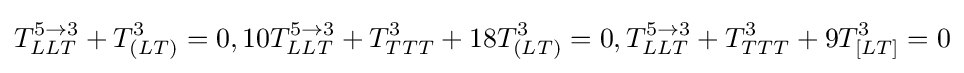
T_{LLT}^{5\rightarrow 3}+T_{(LT)}^{3}=0,10T_{LLT}^{5\rightarrow 3}+T_{TTT}^{3}+18T_{(LT)}^{3}=0,T_{LLT}^{5\rightarrow 3}+T_{TTT}^{3}+9T_{[LT]}^{3}=0